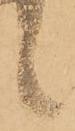
候